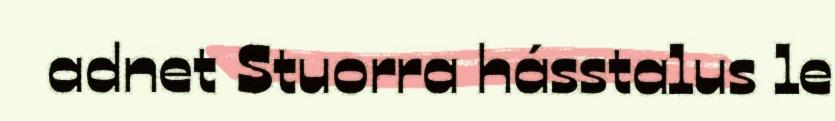
adnet Stuorra hásstalus le